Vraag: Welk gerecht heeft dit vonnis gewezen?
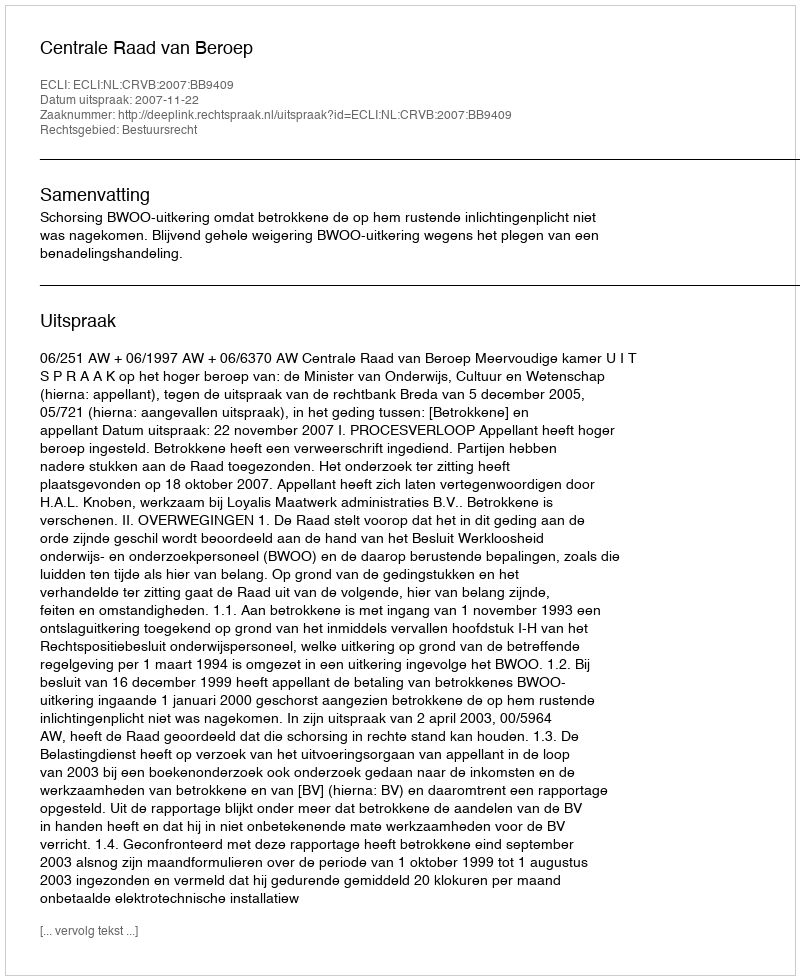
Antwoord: Centrale Raad van Beroep